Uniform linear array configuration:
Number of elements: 48
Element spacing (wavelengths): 1
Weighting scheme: kaiser
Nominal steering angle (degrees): -45
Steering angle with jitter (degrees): -44.747
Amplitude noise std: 0.05
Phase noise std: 0.05

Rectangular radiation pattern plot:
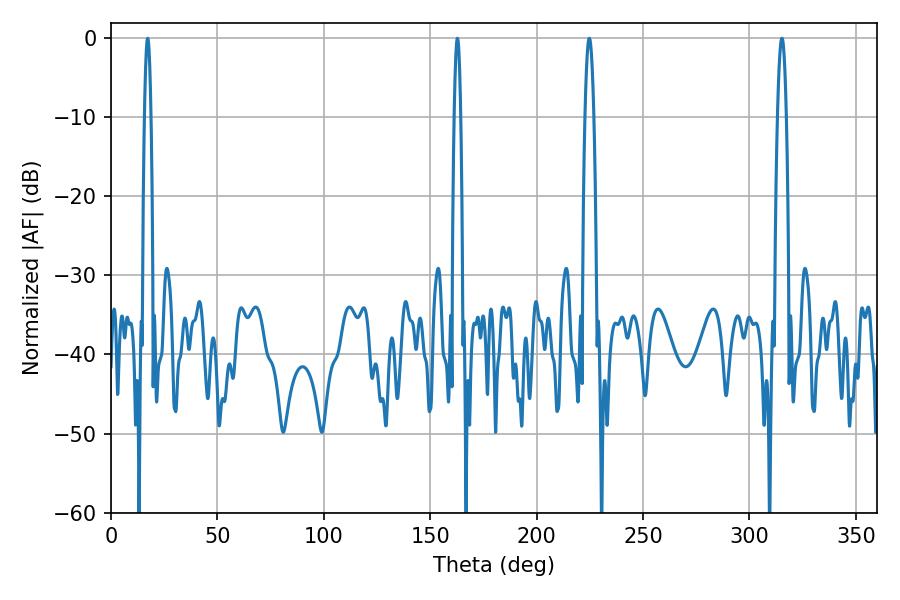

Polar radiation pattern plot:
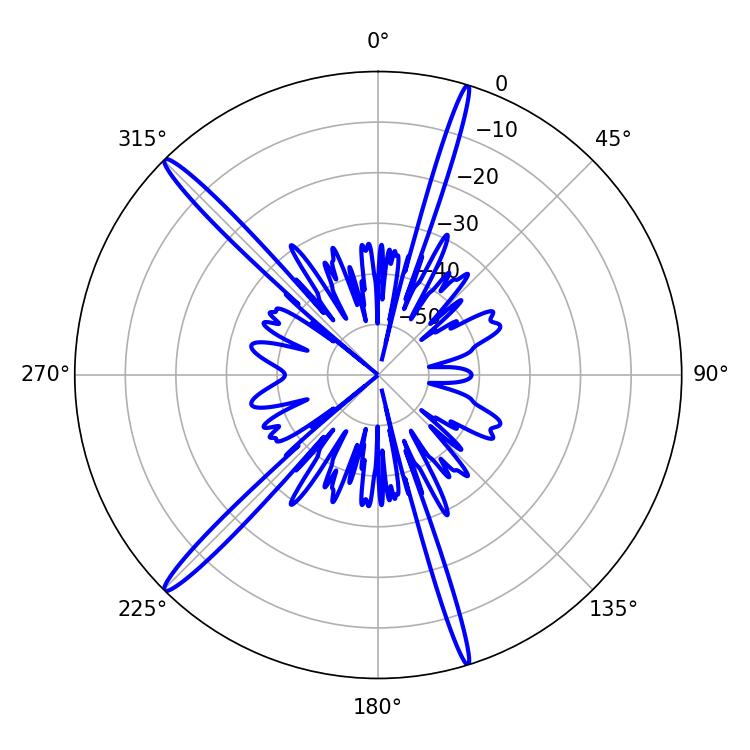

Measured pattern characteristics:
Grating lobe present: TRUE
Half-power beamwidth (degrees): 1.62
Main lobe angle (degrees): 17.28